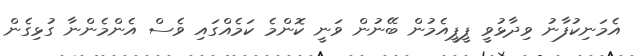
އެމަނިކުފާނު ވިދާޅުވީ ޕީޕީއެމުން ބޭނުން ވަނީ ކޮންމެ ކަމެއްގައި ވެސް އެންމެންނާ ގުޅިގެން